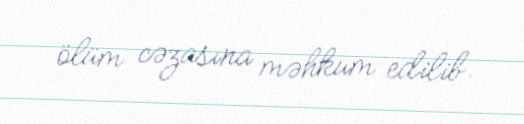
ölüm cəzasına məhkum edilib.